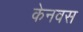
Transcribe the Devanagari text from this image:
केनवस